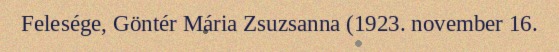
Felesége, Göntér Mária Zsuzsanna (1923. november 16.